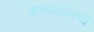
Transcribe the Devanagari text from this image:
सत्ताव्यवस्था